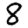
Digit: 8